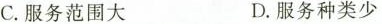
C.服务范围大 D.服务种类少